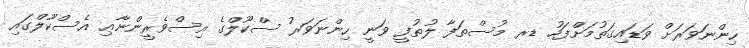
ހިންނަވަރަށް ވަޑައިގަތުމަށްފަހު ޑރ މުސްތަފާ ލުތުފީ ވަނީ ހިންނަވަރު ސްކޫލްގެ އިސްވެރީންނާޢި އެސްކޫލްގައި